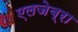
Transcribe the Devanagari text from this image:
एलजेब्रा